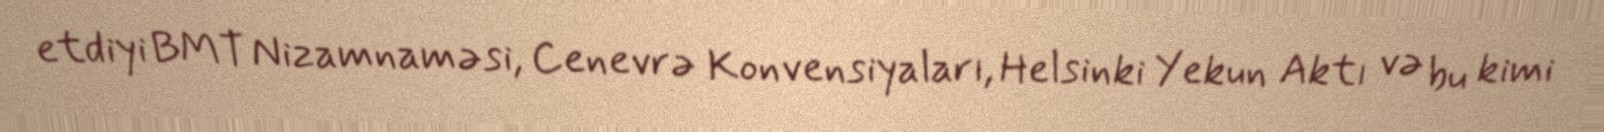
etdiyi BMT Nizamnaməsi, Cenevrə Konvensiyaları, Helsinki Yekun Aktı və bu kimi